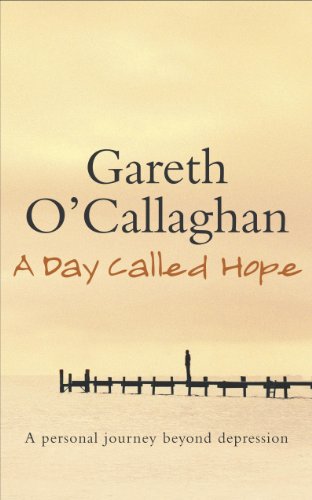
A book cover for A Day Called Hope: A Personal Journey Beyond Depression; Gareth O'Callaghan; Biographies & Memoirs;